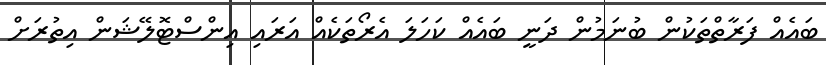
ބައެއް ފަރާތްތަކުން ބުނަމުން ދަނީ ބައެއް ކަހަލަ އެރޯތަކެއް އަރައި އިންސްޓޮލޭޝަން އިތުރަށް